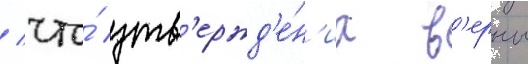
/ что́ утв'ержд'е́н'иа в'ерны